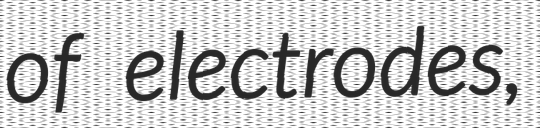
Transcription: of electrodes,